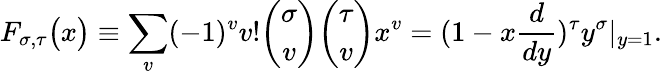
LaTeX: F_{\sigma,\tau}\big(x\big)\equiv\sum_{v}(-1)^{v}v!{\binom{\sigma}{v}}{\binom{\tau}{v}}x^{v}=(1-x{\frac{d}{dy}})^{\tau}y^{\sigma}|_{y=1}.